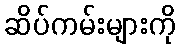
ဆိပ်ကမ်းများကို